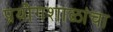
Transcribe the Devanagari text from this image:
प्रयोगशाळांचा